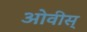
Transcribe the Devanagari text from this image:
ओवीस्